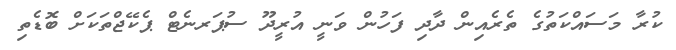
ކުރާ މަސައްކަތުގެ ތެރެއިން ދާދި ފަހުން ވަނީ އުރީދޫ ސުޕަރނެޓް ޕެކޭޖްތަކަށް ބޮޑެތި